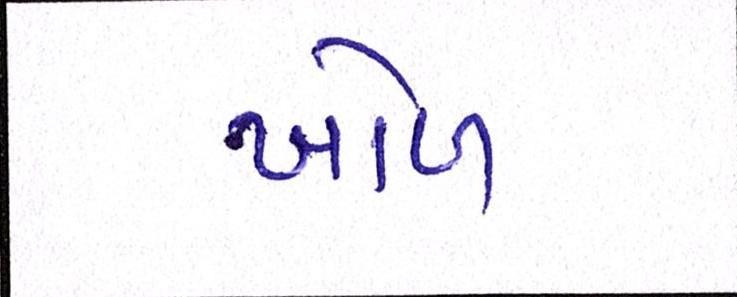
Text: ખોળ